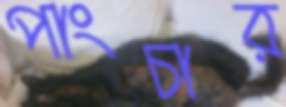
পাংচার